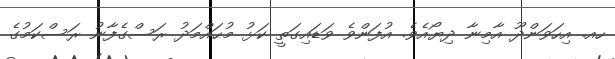
ހއ. އިހަވަންދޫ އާމިނާ ދިޔޯއެވެ. އުފަންވެ ވަޑައިގަތީ ކަޅު މުޙައްމަދު ރަސްގެފާނު ރަސްކަމުގެ